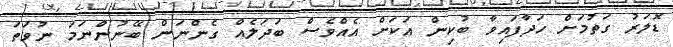
ޑޮލަރު ގަތުމަށް ހަދާފައިވާ ބުކިން އަކަށް އެއްވެސް ބަދަލެއް ގެންނަން ބޭނުންނަމަ ނުވަތަ